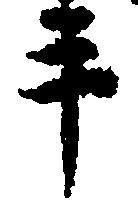
手